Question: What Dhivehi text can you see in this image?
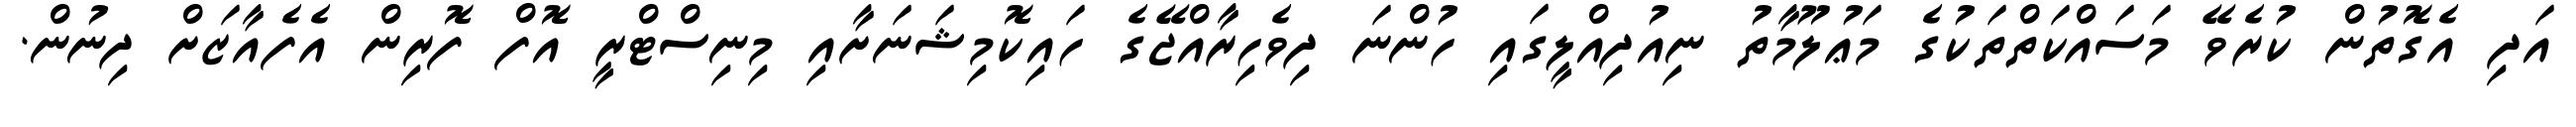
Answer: އަދި އެގޮތުން ކުރެވޭ މަސައްކަތްތަކުގެ މަޢުލޫމާތު ނިއުދިއްލީގައި ހުންނަ ދިވެހިރާއްޖޭގެ ހައިކޮމިޝަނަށާއި މިނިސްޓްރީ އޮފް ފޮރިން އެފެއާޒަށް ދިނުން.